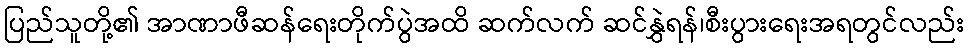
ပြည်သူတို့၏ အာဏာဖီဆန်ရေးတိုက်ပွဲအထိ ဆက်လက် ဆင်နွှဲရန်၊စီးပွားရေးအရတွင်လည်း